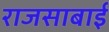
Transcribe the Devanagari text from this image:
राजसाबाई